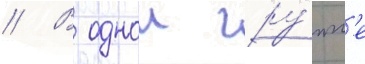
// В однои гру́пп'е